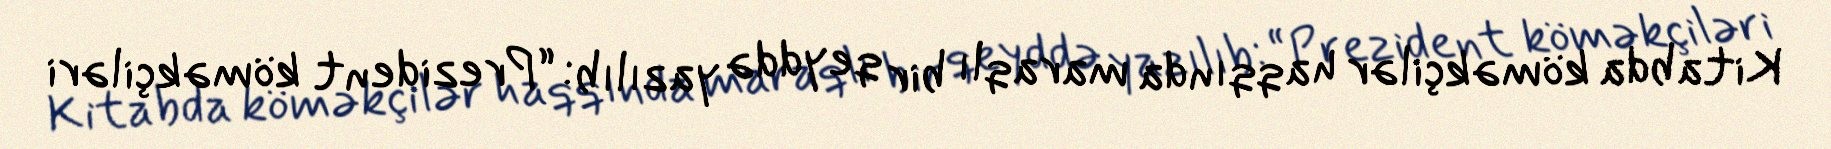
Kitabda köməkçilər haqqında maraqlı bir qeyddə yazılıb: “Prezident köməkçiləri